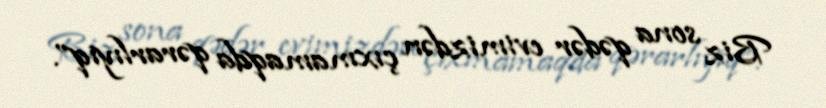
Biz sona qədər evimizdən çıxmamaqda qərarlıyıq”.